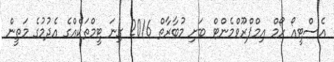
އެސްޓީއޯ ހޯމް އިމްޕްރޫވްމެންޓް ބަށި މުބާރާތް 2016 ގިނަ ޓީމްތަކެއްގެ އެދުމުގެ މަތީން